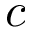
c